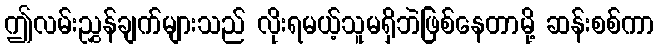
ဤလမ်းညွှန်ချက်များသည် လိုးရမယ့်သူမရှိဘဲဖြစ်နေတာမို့ ဆန်းစစ်ကာ